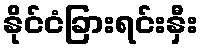
နိုင်ငံခြားရင်းနှီး